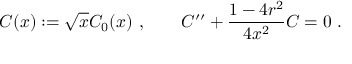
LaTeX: C ( x ) : = \sqrt { x } C _ { 0 } ( x ) ~ , \qquad C ^ { \prime \prime } + \frac { 1 - 4 r ^ { 2 } } { 4 x ^ { 2 } } C = 0 ~ .